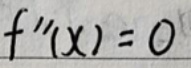
$f''(x)=0$